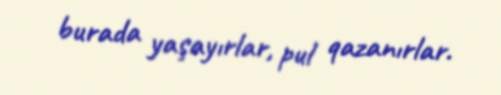
burada yaşayırlar, pul qazanırlar.